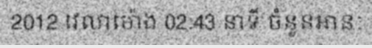
2012 វេលាម៉ោង 02:43 នាទី ចំនួនអានៈ